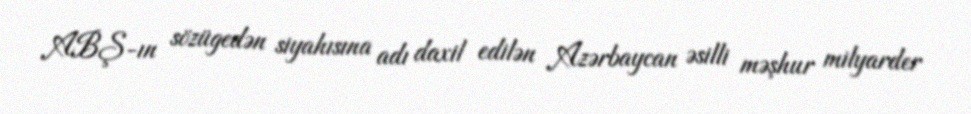
ABŞ-ın sözügedən siyahısına adı daxil edilən Azərbaycan əsilli məşhur milyarder